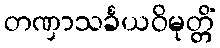
တဏှာသင်္ခယဝိမုတ္တိံ